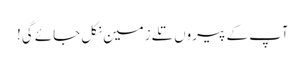
آپ کے پیروں تلے زمین نکل جائے گی!